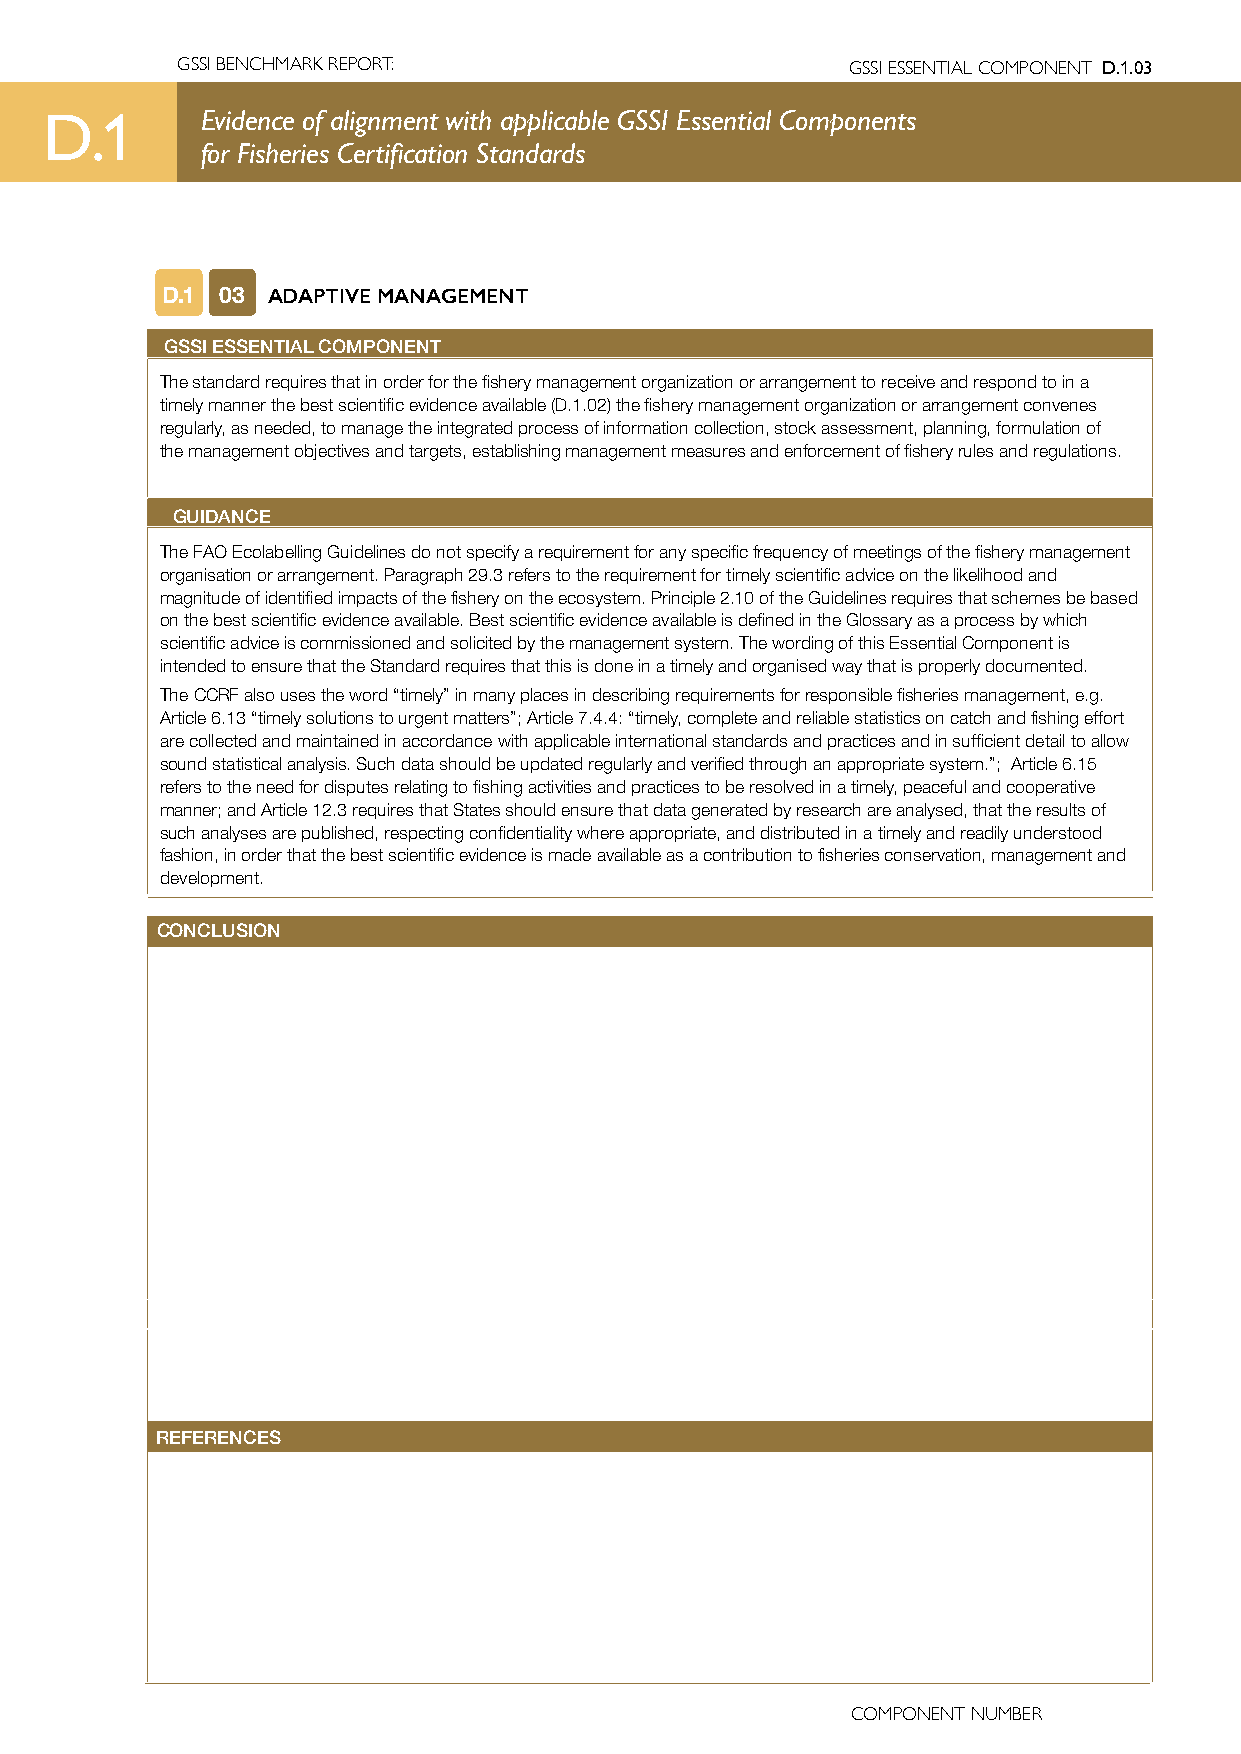
GSSI BENCHMARK REPORT:                      GSSI ESSENTIAL COMPONENT D.1.03
 D.1       Evidence of alignment with applicable GSSI Essential Components
 for Fisheries Certification Standards
 D.1 03 ADAPTIVE MANAGEMENT
 GSSI ESSENTIAL COMPONENT
 The standard requires that in order for the fishery management organization or arrangement to receive and respond to in a
 timely manner the best scientific evidence available (D.1.02) the fishery management organization or arrangement convenes
 regularly, as needed, to manage the integrated process of information collection, stock assessment, planning, formulation of
 the management objectives and targets, establishing management measures and enforcement of fishery rules and regulations.
 GUIDANCE
 GUIDANCE
 The FAO Ecolabelling Guidelines do not specify a requirement for any specific frequency of meetings of the fishery management
 organisation or arrangement. Paragraph 29.3 refers to the requirement for timely scientific advice on the likelihood and
 magnitude of identified impacts of the fishery on the ecosystem. Principle 2.10 of the Guidelines requires that schemes be based
 on the best scientific evidence available. Best scientific evidence available is defined in the Glossary as a process by which
 scientific advice is commissioned and solicited by the management system. The wording of this Essential Component is
 intended to ensure that the Standard requires that this is done in a timely and organised way that is properly documented.
 The CCRF also uses the word “timely” in many places in describing requirements for responsible fisheries management, e.g.
 Article 6.13 “timely solutions to urgent matters”; Article 7.4.4: “timely, complete and reliable statistics on catch and fishing effort
 are collected and maintained in accordance with applicable international standards and practices and in sufficient detail to allow
 sound statistical analysis. Such data should be updated regularly and verified through an appropriate system.”; Article 6.15
 refers to the need for disputes relating to fishing activities and practices to be resolved in a timely, peaceful and cooperative
 manner; and Article 12.3 requires that States should ensure that data generated by research are analysed, that the results of
 such analyses are published, respecting confidentiality where appropriate, and distributed in a timely and readily understood
 fashion, in order that the best scientific evidence is made available as a contribution to fisheries conservation, management and
 development.
 CONCLUSION
 REFERENCES
 COMPONENT NUMBER